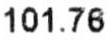
101.76